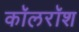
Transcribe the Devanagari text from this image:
कॉलरॉश